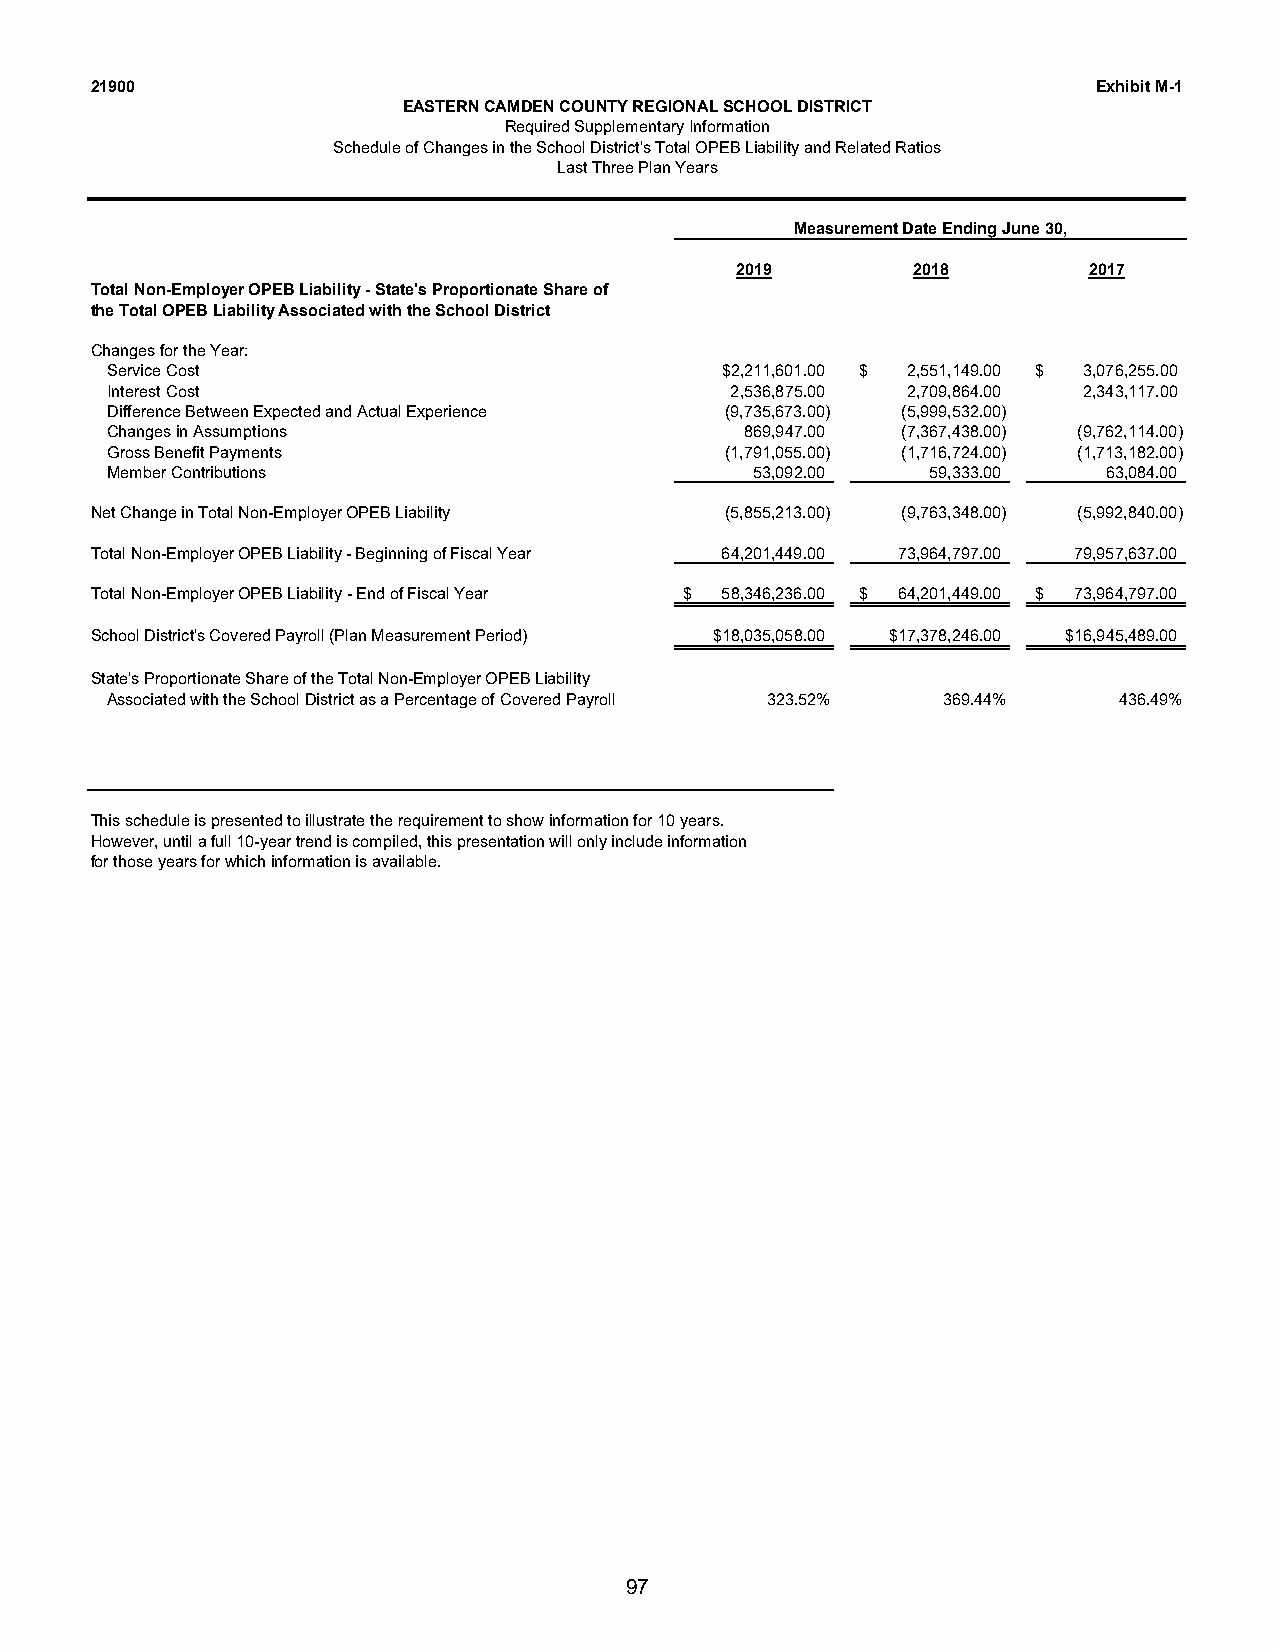
21900                                                              Exhibit M-1
 EASTERN CAMDEN COUNTY REGIONAL SCHOOL DISTRICT
 Required Supplementary Information
 Schedule of Changes in the School District's Total OPEB Liability and Related Ratios
 Last Three Plan Years
 Measurement Date Ending June 30,
 2019       2018        2017
 Total Non-Employer OPEB Liability - State's Proportionate Share of
 the Total OPEB Liability Associated with the School District
 Changes for the Year:
 Service Cost                             $2,211,601.00 $ 2,551,149.00 $ 3,076,255.00
 Interest Cost                            2,536,875.00 2,709,864.00 2,343,117.00
 Difference Between Expected and Actual Experience (9,735,673.00) (5,999,532.00)
 Changes in Assumptions                    869,947.00 (7,367,438.00) (9,762,114.00)
 Gross Benefit Payments                   (1,791,055.00) (1,716,724.00) (1,713,182.00)
 Member Contributions                       53,092.00   59,333.00  63,084.00
 Net Change in Total Non-Employer OPEB Liability (5,855,213.00) (9,763,348.00) (5,992,840.00)
 Total Non-Employer OPEB Liability - Beginning of Fiscal Year 64,201,449.00 73,964,797.00 79,957,637.00
 Total Non-Employer OPEB Liability - End of Fiscal Year $ 58,346,236.00 $ 64,201,449.00 $ 73,964,797.00
 School District's Covered Payroll (Plan Measurement Period) $18,035,058.00 $17,378,246.00 $16,945,489.00
 State's Proportionate Share of the Total Non-Employer OPEB Liability
 Associated with the School District as a Percentage of Covered Payroll 323.52% 369.44% 436.49%
 This schedule is presented to illustrate the requirement to show information for 10 years.
 However, until a full 10-year trend is compiled, this presentation will only include information
 for those years for which information is available.
 97